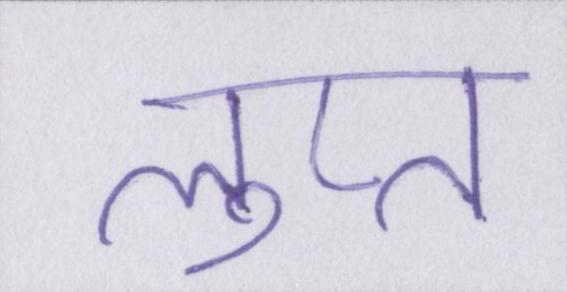
लुप्त